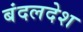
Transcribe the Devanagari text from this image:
बंदलदेश